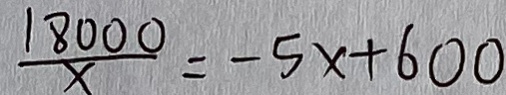
\frac { 1 8 0 0 0 } { x } = - 5 x + 6 0 0